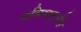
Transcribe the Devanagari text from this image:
वसिष्ठमुनीस